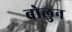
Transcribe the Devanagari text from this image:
बोलुन